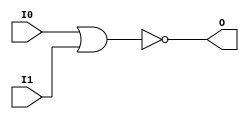
// $Header: /devl/xcs/repo/env/Databases/CAEInterfaces/verunilibs/data/unisims/NOR2.v,v 1.6 2007/05/23 21:43:39 patrickp Exp $
///////////////////////////////////////////////////////////////////////////////
// Copyright (c) 1995/2004 Xilinx, Inc.
// All Right Reserved.
///////////////////////////////////////////////////////////////////////////////
//   ____  ____
//  /   /\/   /
// /___/  \  /    Vendor : Xilinx
// \   \   \/     Version : 10.1
//  \   \         Description : Xilinx Functional Simulation Library Component
//  /   /                  2-input NOR Gate
// /___/   /\     Filename : NOR2.v
// \   \  /  \    Timestamp : Thu Mar 25 16:42:58 PST 2004
//  \___\/\___\
//
// Revision:
//    03/23/04 - Initial version.
//    05/23/07 - Changed timescale to 1 ps / 1 ps.

`timescale  1 ps / 1 ps


module NOR2 (O, I0, I1);

    output O;

    input  I0, I1;

    nor O1 (O, I0, I1);


endmodule